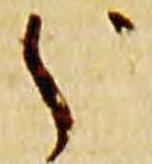
分